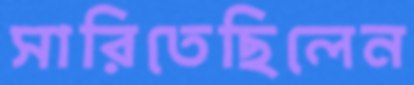
সারিতেছিলেন